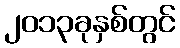
၂၀၁၃ခုနှစ်တွင်